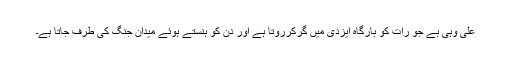
علی وہی ہے جو رات کو بارگاہِ ایزدی میں گرکرروتا ہے اور دن کو ہنستے ہوئے میدانِ جنگ کی طرف جاتا ہے۔